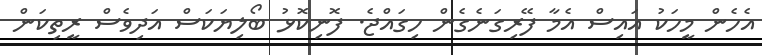
އެހެން މީހަކު އައިސް އެމާ ފޭރިގަނެގެން ހިގައްޖެ. ފޮނިކޮޅު ބޯލިޔަކަސް އަދިވެސް ރީތިކަން